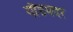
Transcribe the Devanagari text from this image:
गौडमदर